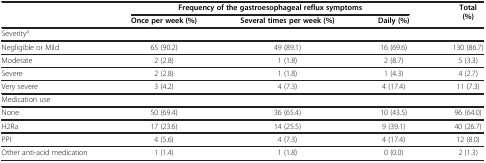
<table><thead><tr><td><b> </b></td><td colspan="3"><b>Frequency of the gastroesophageal reflux symptoms</b></td><td><b>Total (%)</b></td></tr><tr><td><b> </b></td><td><b>Once per week (%)</b></td><td><b>Several times per week (%)</b></td><td><b>Daily (%)</b></td><td><b> </b></td></tr></thead><tbody><tr><td colspan="5">Severity<sup>a</sup></td></tr><tr><td>Negligible or Mild</td><td>65 (90.2)</td><td>49 (89.1)</td><td>16 (69.6)</td><td>130 (86.7)</td></tr><tr><td>Moderate</td><td>2 (2.8)</td><td>1 (1.8)</td><td>2 (8.7)</td><td>5 (3.3)</td></tr><tr><td>Severe</td><td>2 (2.8)</td><td>1 (1.8)</td><td>1 (4.3)</td><td>4 (2.7)</td></tr><tr><td>Very severe</td><td>3 (4.2)</td><td>4 (7.3)</td><td>4 (17.4)</td><td>11 (7.3)</td></tr><tr><td colspan="5">Medication use</td></tr><tr><td>None</td><td>50 (69.4)</td><td>36 (65.4)</td><td>10 (43.5)</td><td>96 (64.0)</td></tr><tr><td>H2Ra</td><td>17 (23.6)</td><td>14 (25.5)</td><td>9 (39.1)</td><td>40 (26.7)</td></tr><tr><td>PPI</td><td>4 (5.6)</td><td>4 (7.3)</td><td>4 (17.4)</td><td>12 (8.0)</td></tr><tr><td>Other anti-acid medication</td><td>1 (1.4)</td><td>1 (1.8)</td><td>0 (0.0)</td><td>2 (1.3)</td></tr></tbody></table>